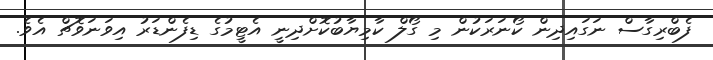
ފެބްރިގާސް ނަގައިދިން ކޯނަރަކުން މި ގޯލް ކާމިޔާބުކޮށްދިނީ އެޓީމުގެ ޑިފެންޑަރު އިވަނަވޮޗް އެވެ.